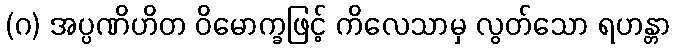
(ဂ) အပ္ပဏိဟိတ ဝိမောက္ခဖြင့် ကိလေသာမှ လွတ်သော ရဟန္တာ